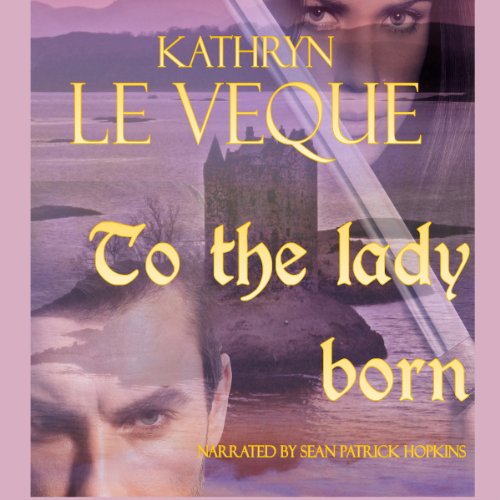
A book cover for To the Lady Born; Kathryn Le Veque; Romance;